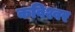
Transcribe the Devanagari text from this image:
कविश्वर